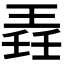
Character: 𬍲